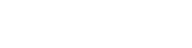
၂၀၀ပင်မပြည့်သေးချေ။